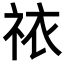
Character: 𫀊